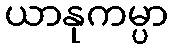
ယာနုကမ္ပာ